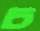
চ